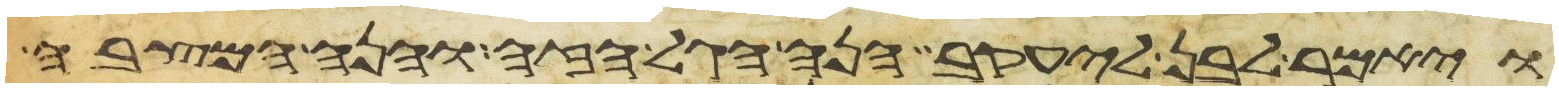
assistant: ויאמר לבן ליעקב הנה הגל הזה והנה המצבה